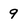
Character: 9